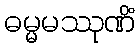
ဓမ္မမဿုဏိံ